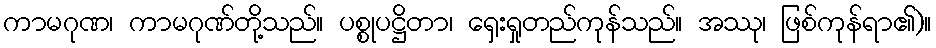
ကာမဂုဏ၊ ကာမဂုဏ်တို့သည်။ ပစ္စုပဋ္ဌိတာ၊ ရှေးရှုတည်ကုန်သည်။ အဿု၊ ဖြစ်ကုန်ရာ၏)။